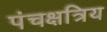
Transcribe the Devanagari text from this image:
पंचक्षत्रिय